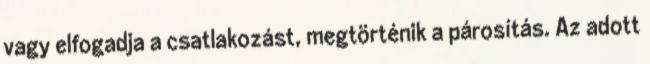
vagy elfogadja a csatlakozást, megtörténik a párosítás. Az adott